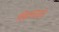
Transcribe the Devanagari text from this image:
खिलवाने